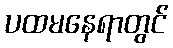
ပထမနေရာတွင်